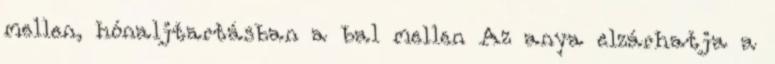
mellen, hónaljtartásban a bal mellen Az anya elzárhatja a